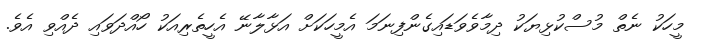
މީހަކު ނެތް މުސްކުޅިޔަކު ދިމާވެވަޑައިގެންފިނަމަ އެމީހަކަށް އަޅާލާނޭ އެހީތެރިއަކު ހޯއްދަވައި ދެއްވި އެވެ.